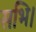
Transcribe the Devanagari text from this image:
सभि।